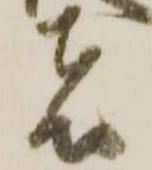
者